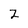
Character: Z